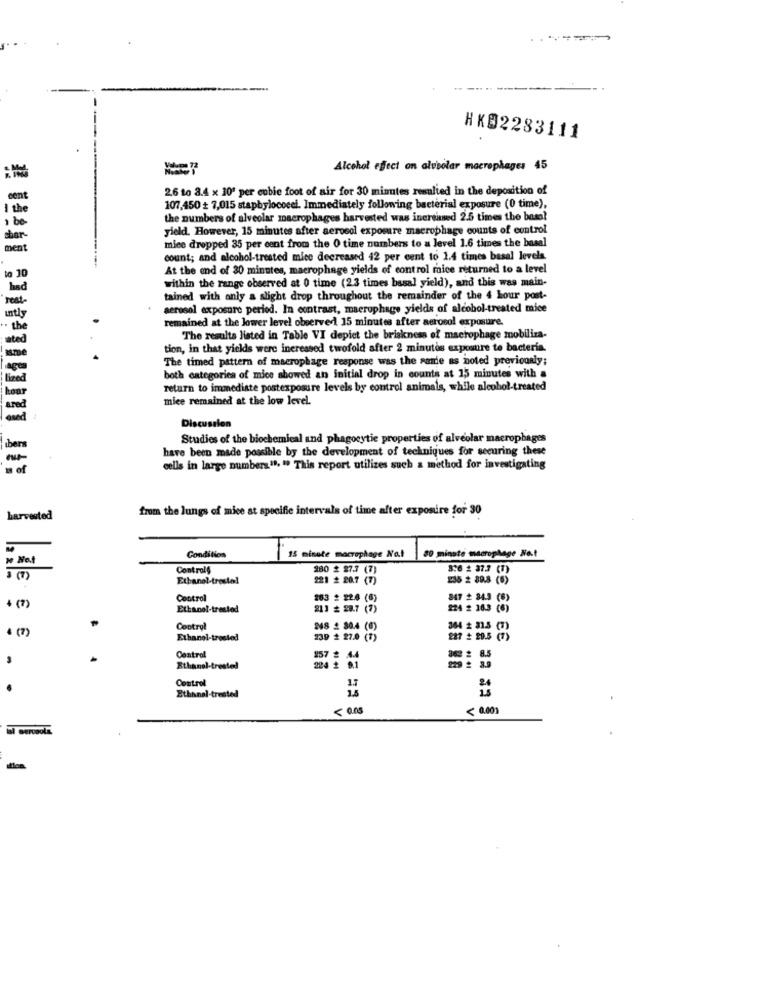
HX82283111
Alcohol effect on alveolar macrophages 45
2,6 to 8.4 x 10º per cubic foot of air for 30 minutes resulted in the deposition of
cent
I the
107,450 + 7,015 staphylococci. Immediately following bacterial exposure (0 time),
the numbers of alveolar macrophages harvested was increased 2.5 times the boss?
yield. However, 15 minutes after aerosol exposure macrophage counts of control
ter-
mice dropped 35 per cent from the 0 time numbers to a level 1.6 times the basal
ment
count; and alcohol-treated mice decreased 42 per cent to 1.4 times basal levels.
At the end of 30 minutes, macrophage yields of control mice returned to a level
. 20
within the range observed at 0 time (23 times basal yield), and this was main-
had
tained with anly a slight drop throughout the remainder of the 4 hour post-
aerosol exposure period. In contrast, macrophage yields of alcohol-treated mice
remained at the lower level observed 15 minutes after aerosol exposure.
The results listed in Table VI depiet the briskness of macrophage mobiliza-
tion, in that yields were ineressed twofold after 2 minutes exposure to bacteria.
The timed pattern of macrophage response was the same as noted previously;
both categories of mice showed an initial drop in counts at 15 minutes with a
return to immediate postexposure levels by control animals, while alcohol-treated
mice remained at the low level.
Discussion
Studies of the biochemical and phagocytie properties of alveolar macrophages
uber
have been made possible by the development of techniques for securing these
of
cells in large numbers"", " This report utilizes such a method for investigating
from the lungs of mice at specific intervals of time after exposure for 30
harvested
» Not
Condition
15 minute macrophage Na .!
80 minute macrophage Not
ControlS
180 2 27.7 (7)
8:6 2 37.3 (7)
€
Ethanol-trestol
221 # 20.7 (7)
236 2 89.8 (6)
+ (7)
Control
263 2 22.4 (6)
847 # 84.3 (6)
Ethanol-trested
813 # 28.7 (7)
224 # 16.3 (6)
4 (7)
Control
248 2 30.4 (0)
Ethanol-trested
239 2 27.0 (?)
DE CE SE
227 # 29.5 (7)
EE EE EE
Control
157 2 A4
342 # 8.5
Ethanol-trested
204 2 9.1
929 2 3.9
Control
Ethanal-trested
< 0.001
Berosola